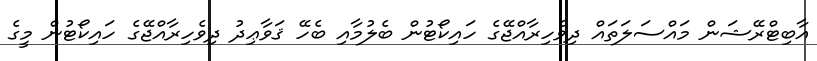
އާބިޓްރޭޝަން މައްސަލަތައް ދިވެހިރާއްޖޭގެ ހައިކޯޓުން ބެލުމާއި ބެހޭ ޤަވާޢިދު ދިވެހިރާއްޖޭގެ ހައިކޯޓުން މީގެ